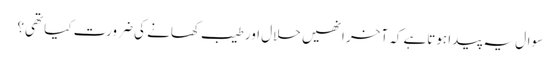
سوال یہ پیدا ہوتاہے کہ آخر انھیں حلال اور طیب کھانے کی ضرورت کیا تھی؟